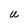
Character: U